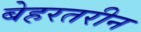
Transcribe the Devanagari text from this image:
बेहरतरीन